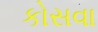
કોસવા